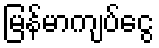
မြန်မာကျပ်ငွေ